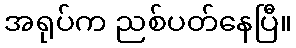
အရုပ်က ညစ်ပတ်နေပြီ။